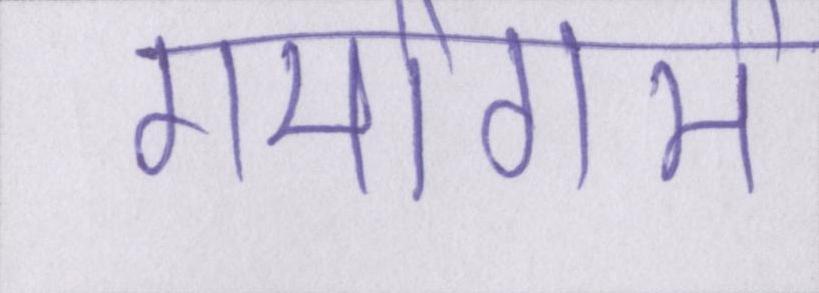
गर्मागर्म